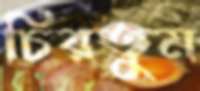
চিরতুম